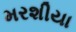
મરશીયા